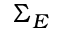
\Sigma _ { E }